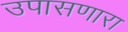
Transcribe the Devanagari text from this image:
उपासणारा